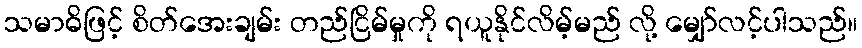
သမာဓိဖြင့် စိတ်အေးချမ်း တည်ငြိမ်မှုကို ရယူနိုင်လိမ့်မည် လို့ မျှော်လင့်ပါသည်။